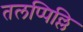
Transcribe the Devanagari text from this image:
तलप्पिल्लि